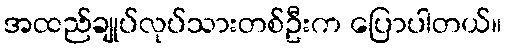
အထည်ချုပ်လုပ်သားတစ်ဦးက ပြောပါတယ်။